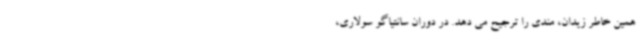
همین خاطر زیدان، مندی را ترجیح می دهد. در دوران سانتیاگو سولاری،